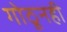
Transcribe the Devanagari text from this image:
गोठूनही